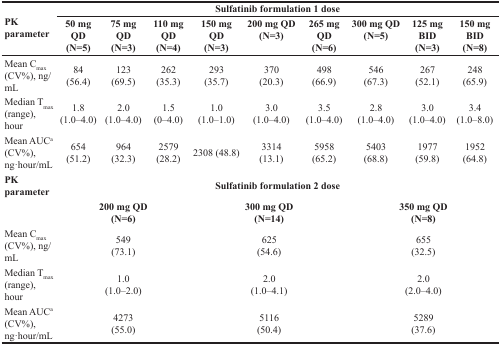
| <ROWSPAN=2> PK parameter | <COLSPAN=9> Sulfatinib formulation 1 dose |
 | 50 mg QD (N=5) | 75 mg QD (N=3) | 110 mg QD (N=4) | 150 mg QD (N=3) | 200 mg QD (N=3) | 265 mg QD (N=6) | 300 mg QD (N=5) | 125 mg BID (N=3) | 150 mg BID (N=8) |
 | --- | --- | --- | --- | --- | --- | --- | --- | --- | --- |
 | Mean Cmax (CV%), ng/mL | 84 (56.4) | 123 (69.5) | 262 (35.3) | 293 (35.7) | 370 (20.3) | 498 (66.9) | 546 (67.3) | 267 (52.1) | 248 (65.9) |
 | Median Tmax (range), hour | 1.8 (1.0–4.0) | 2.0 (1.0–4.0) | 1.5 (0–4.0) | 1.0 (1.0–1.0) | 3.0 (1.0–4.0) | 3.5 (1.0–4.0) | 2.8 (1.0–4.0) | 3.0 (1.0–4.0) | 3.4 (1.0–8.0) |
 | Mean AUCa (CV%), ng·hour/mL | 654 (51.2) | 964 (32.3) | 2579 (28.2) | 2308 (48.8) | 3314 (13.1) | 5958 (65.2) | 5403 (68.8) | 1977 (59.8) | 1952 (64.8) |
 | PK parameter | <COLSPAN=9> Sulfatinib formulation 2 dose |
 |  | <COLSPAN=3> 200 mg QD (N=6) | <COLSPAN=3> 300 mg QD (N=14) | <COLSPAN=3> 350 mg QD (N=8) |
 | Mean Cmax (CV%), ng/mL | <COLSPAN=3> 549 (73.1) | <COLSPAN=3> 625 (54.6) | <COLSPAN=3> 655 (32.5) |
 | Median Tmax (range), hour | <COLSPAN=3> 1.0 (1.0–2.0) | <COLSPAN=3> 2.0 (1.0–4.1) | <COLSPAN=3> 2.0 (2.0–4.0) |
 | Mean AUCa (CV%), ng·hour/mL | <COLSPAN=3> 4273 (55.0) | <COLSPAN=3> 5116 (50.4) | <COLSPAN=3> 5289 (37.6) |